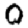
Digit: 0